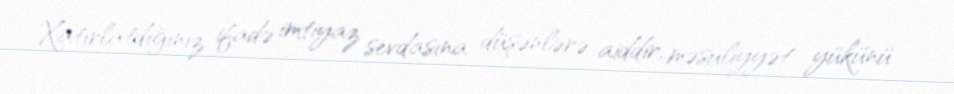
Xatırlatdığınız ifadə imtiyaz sevdasına düşənlərə aiddir, məsuliyyət yükünü